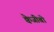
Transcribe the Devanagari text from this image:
क्वेजीबो